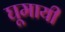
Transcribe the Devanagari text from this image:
घूमायी